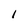
Character: 1